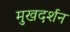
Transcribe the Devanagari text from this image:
मुखदर्शन